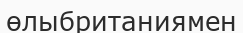
өлыбританиямен